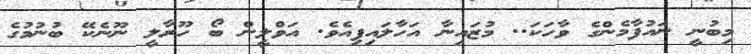
މިބުނީ ނައުފާމެންގެ ވާހަކަ.. މުޒައިނާ އަހާލައިފިއެވެ. އަވްލީން ބޯ ހޫރާލީ ނޫނެކޭ ބުނުމުގެ